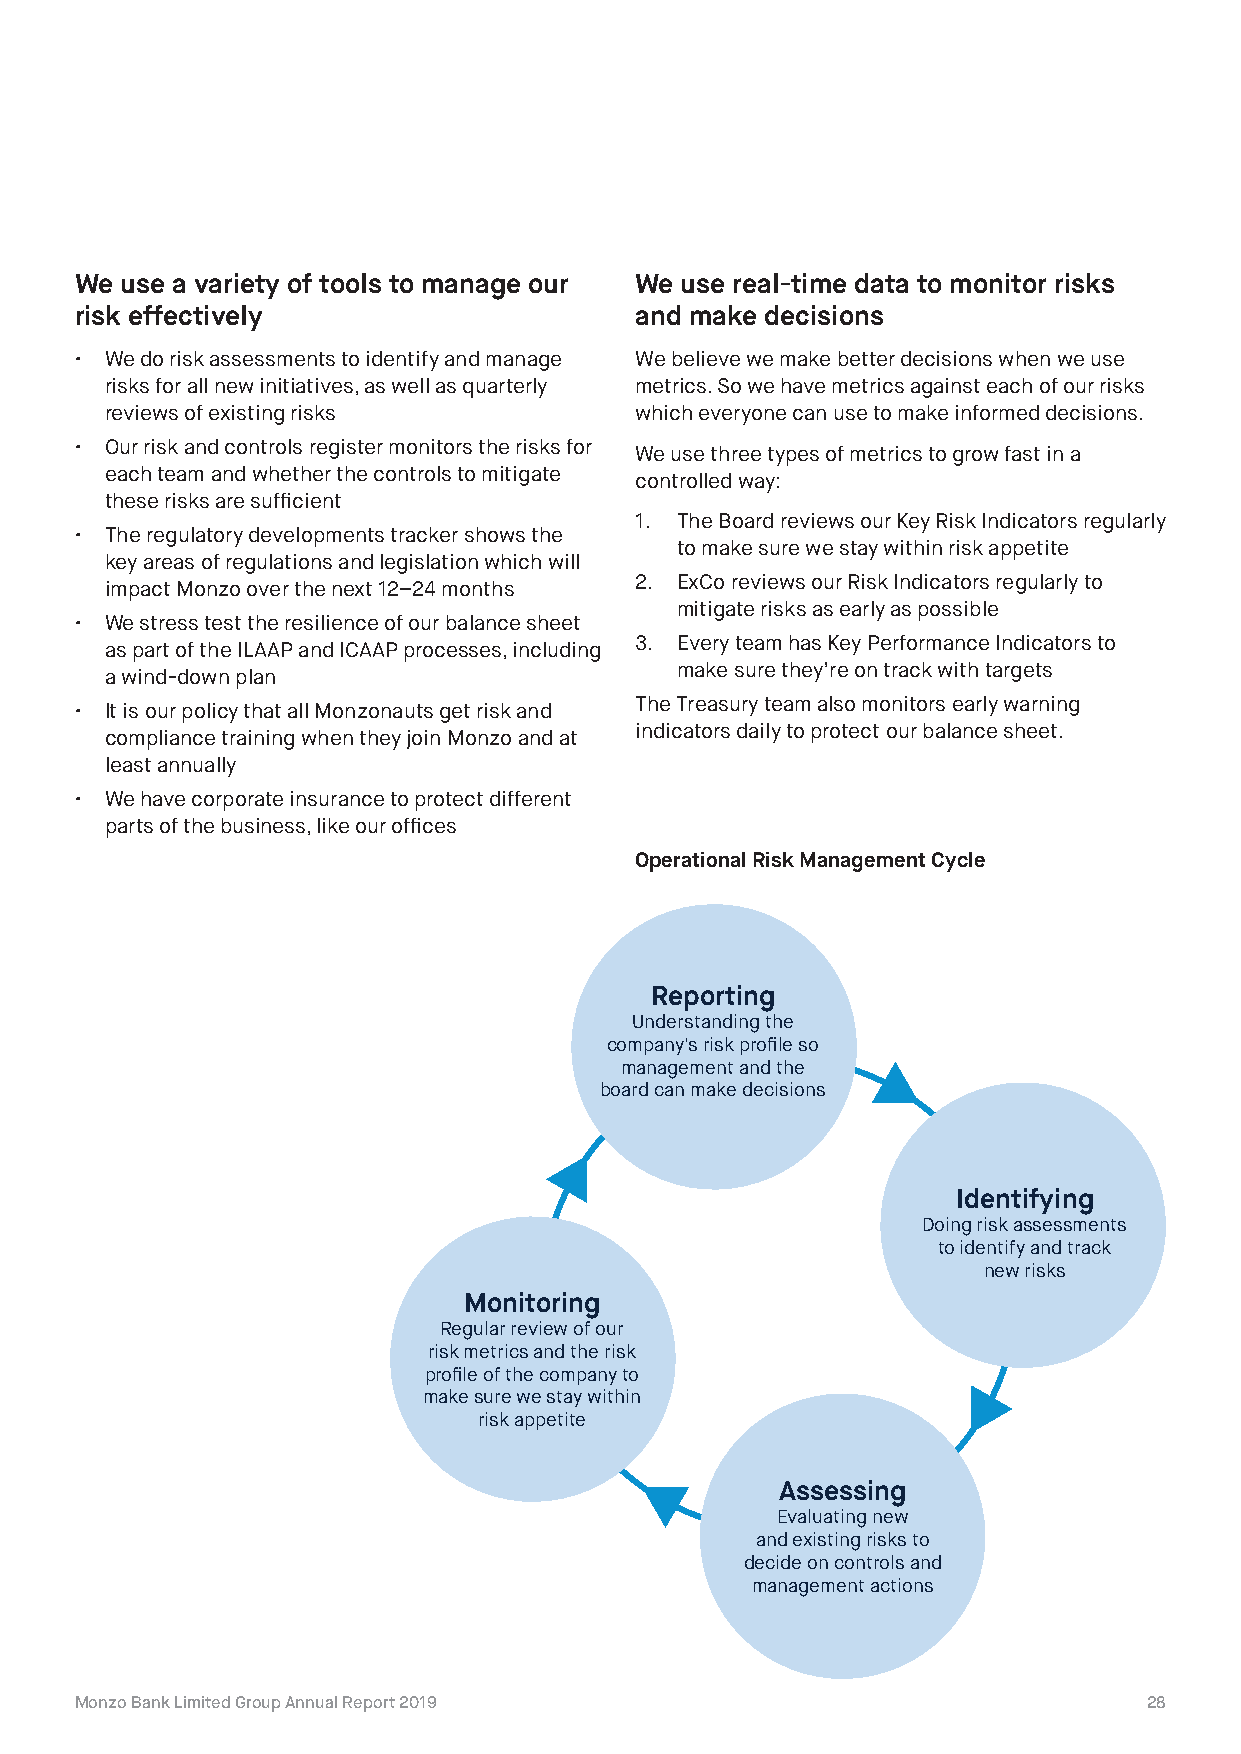
We use a variety of tools to manage our We use real-time data to monitor risks
 risk effectively                     and make decisions
 • We do risk assessments to identify and manage We believe we make better decisions when we use
 risks for all new initiatives, as well as quarterly metrics. So we have metrics against each of our risks
 reviews of existing risks          which everyone can use to make informed decisions.
 • Our risk and controls register monitors the risks for
 We use three types of metrics to grow fast in a
 each team and whether the controls to mitigate
 controlled way:
 these risks are sufficient
 1. The Board reviews our Key Risk Indicators regularly
 • The regulatory developments tracker shows the
 to make sure we stay within risk appetite
 key areas of regulations and legislation which will
 2. ExCo reviews our Risk Indicators regularly to
 impact Monzo over the next 12–24 months
 mitigate risks as early as possible
 • We stress test the resilience of our balance sheet
 3. Every team has Key Performance Indicators to
 as part of the ILAAP and ICAAP processes, including
 make sure they’re on track with targets
 a wind-down plan
 The Treasury team also monitors early warning
 • It is our policy that all Monzonauts get risk and
 indicators daily to protect our balance sheet.
 compliance training when they join Monzo and at
 least annually
 • We have corporate insurance to protect different
 parts of the business, like our offices
 Operational Risk Management Cycle
 Reporting
 Understanding the
 company's risk profile so
 management and the
 board can make decisions
 Identifying
 Doing risk assessments
 to identify and track
 new risks
 Monitoring
 Regular review of our
 risk metrics and the risk
 profile of the company to
 make sure we stay within
 risk appetite
 Assessing
 Evaluating new
 and existing risks to
 decide on controls and
 management actions
 Monzo Bank Limited Group Annual Report 2019                            28